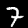
Label: 7